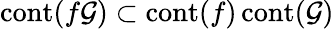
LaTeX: \operatorname{cont}(f\mathcal{G})\subset\operatorname{cont}(f)\operatorname{cont}(\mathcal{G})